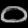
Digit: ၀